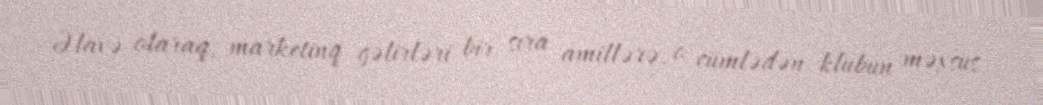
Əlavə olaraq, marketinq gəlirləri bir sıra amillərə, o cümlədən klubun məxsus